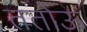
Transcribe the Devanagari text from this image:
ततोऊ